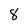
Character: 8